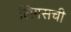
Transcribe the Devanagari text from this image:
लिंगसची